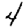
Digit: 4